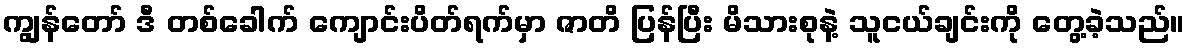
ကျွန်တော် ဒီ တစ်ခေါက် ကျောင်းပိတ်ရက်မှာ ဇာတိ ပြန်ပြီး မိသားစုနဲ့ သူငယ်ချင်းကို တွေ့ခဲ့သည်။